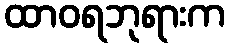
ထာဝရဘုရားက